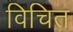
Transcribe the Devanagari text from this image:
विचित